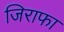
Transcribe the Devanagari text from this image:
जिराफा